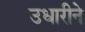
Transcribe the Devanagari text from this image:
उधारीने